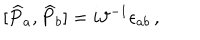
\lbrack \widehat { P } _ { a } , \widehat { P } _ { b } ] = i \vartheta ^ { - 1 } \epsilon _ { a b } \, ,